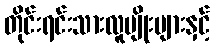
တိုင်းရင်းသားလူမျိုးများနှင့်